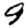
Digit: 9